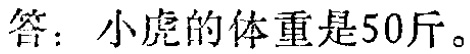
答：小虎的体重是50斤。